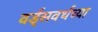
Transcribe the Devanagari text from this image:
वर्ड्‌सवर्थच्या